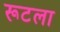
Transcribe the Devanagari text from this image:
रूटला